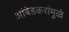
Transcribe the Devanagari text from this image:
आंबेडकरांमुळे